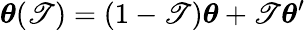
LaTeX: \boldsymbol\theta(\mathscr{T})=(1-\mathscr{T})\boldsymbol\theta+\mathscr{T}\boldsymbol\theta^{\prime}